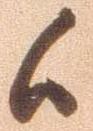
候